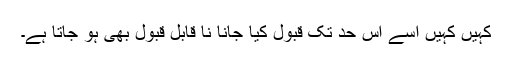
کہیں کہیں اسے اس حد تک قبول کیا جانا نا قابل قبول بھی ہو جاتا ہے۔